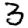
Digit: 3